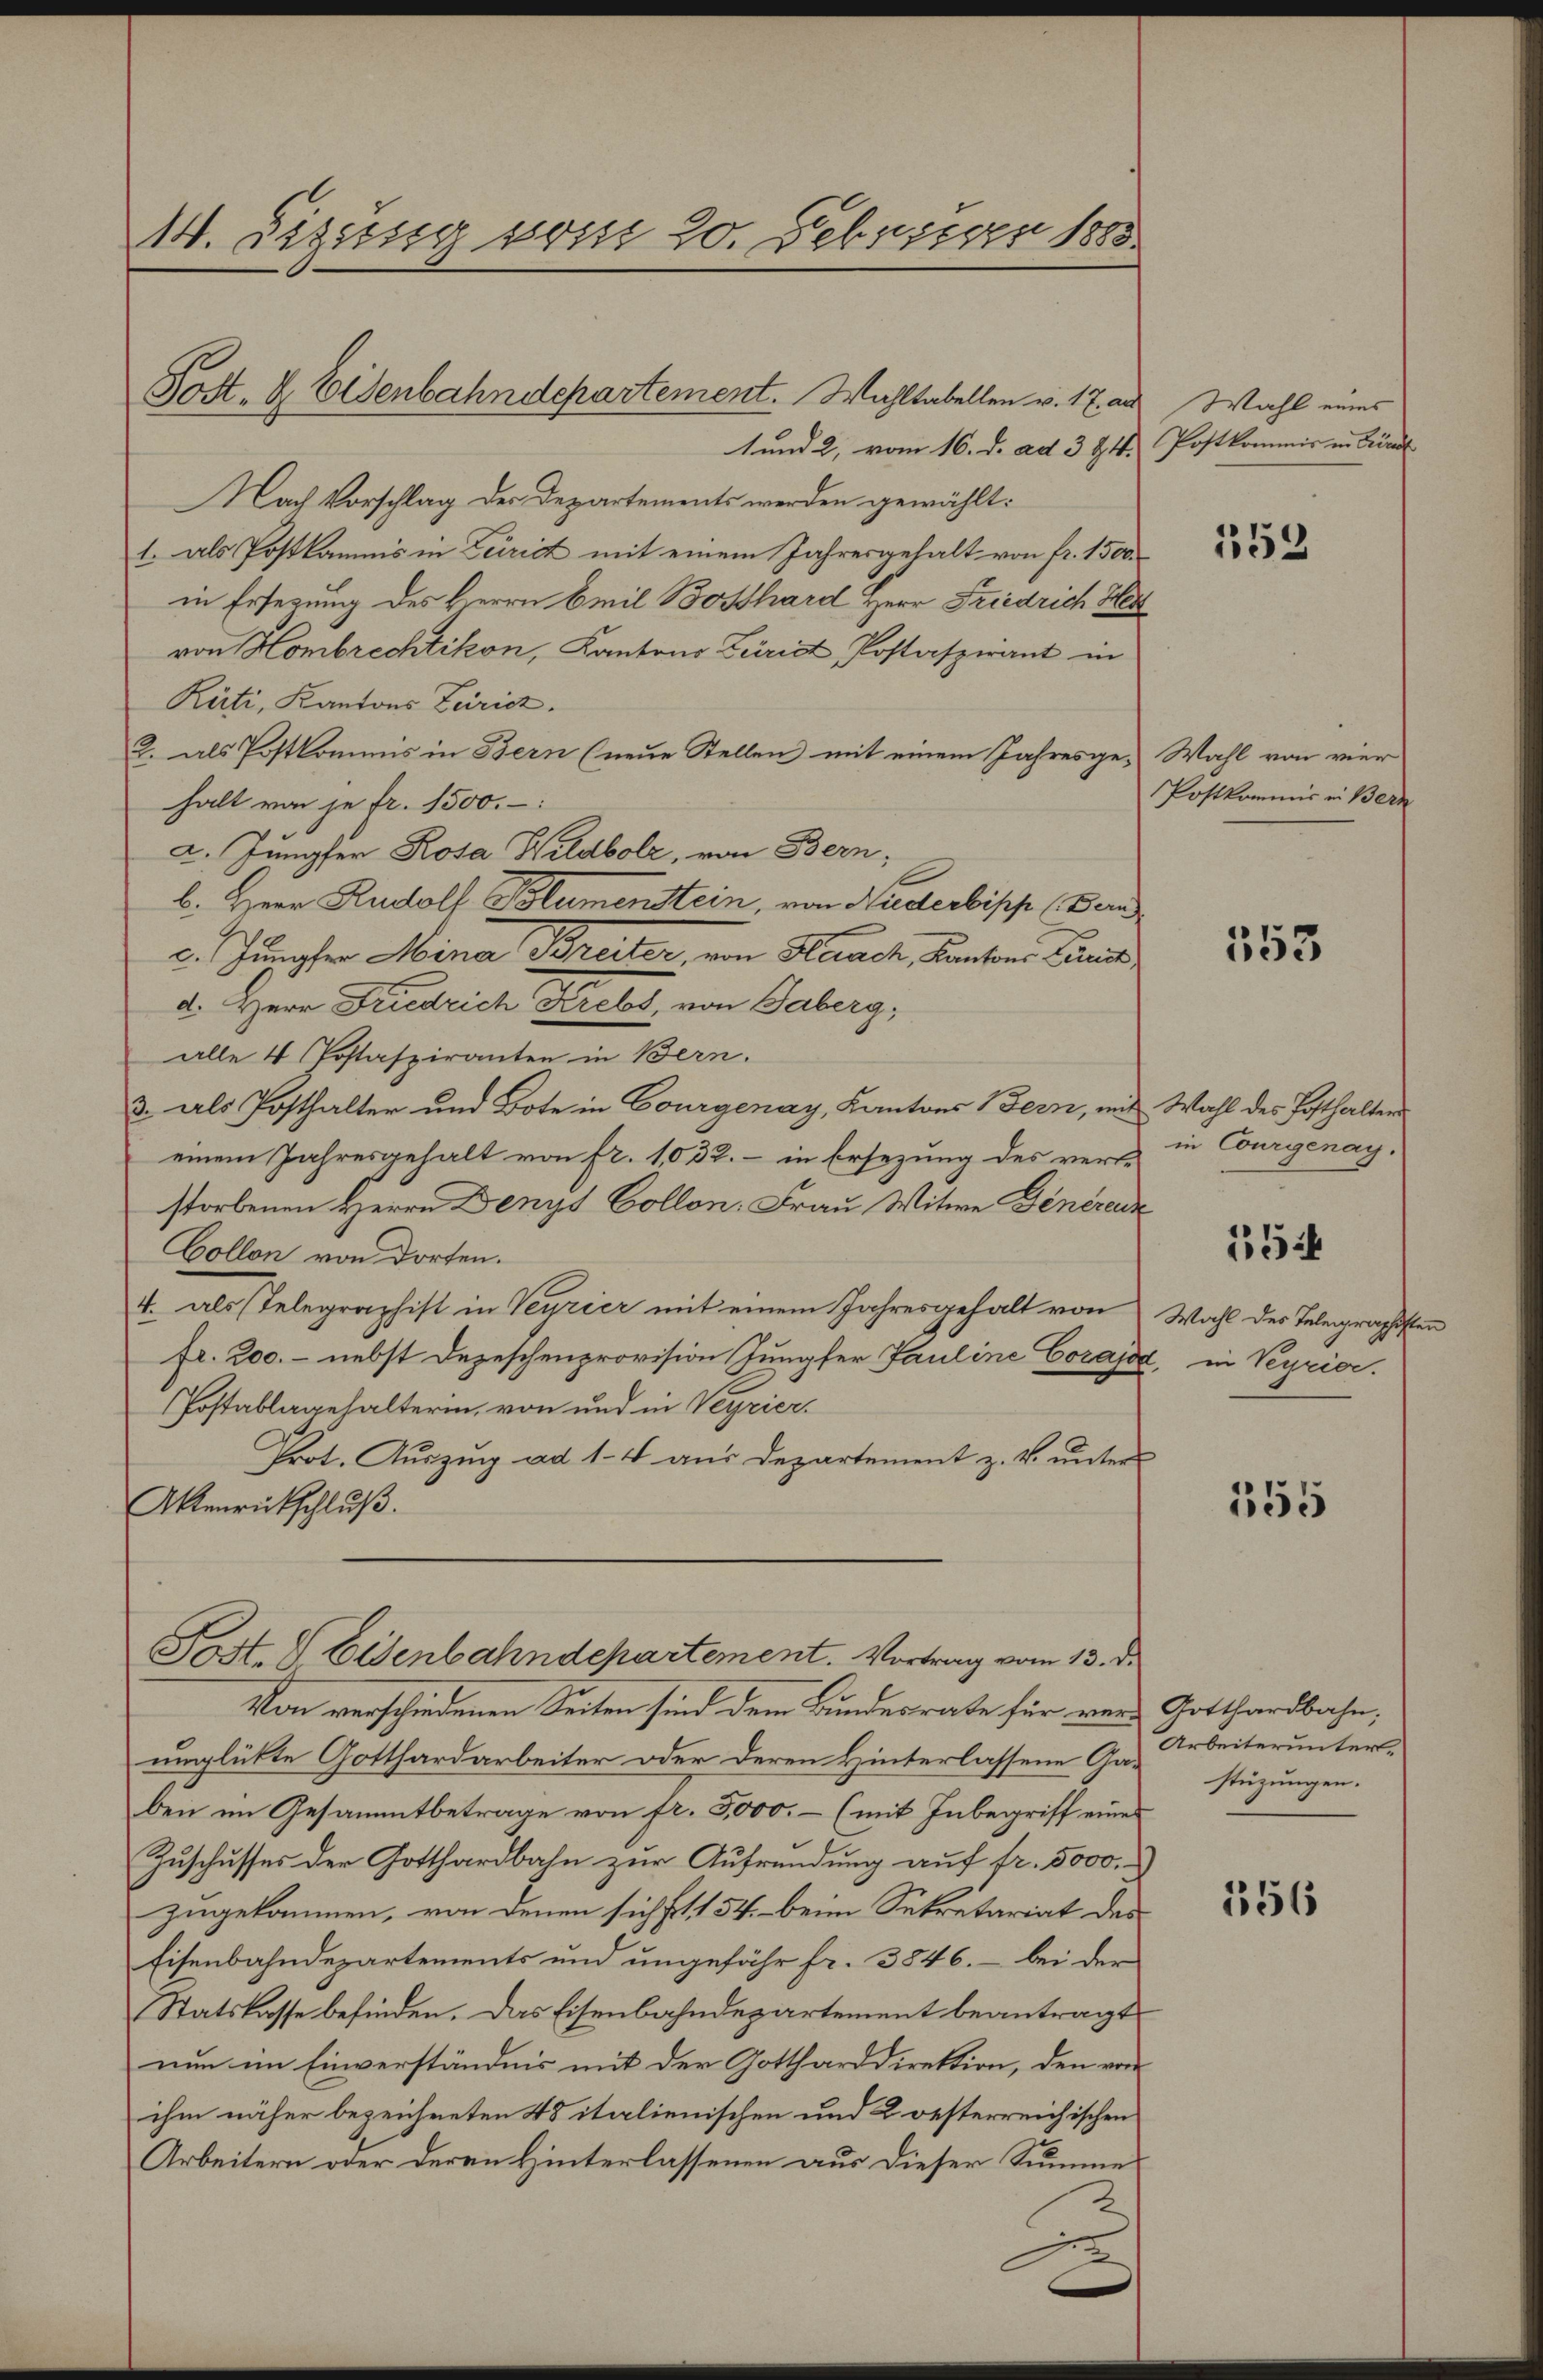
14. Sizung vom 20. Februar 1885.

Post. H. Elsenbahndepartement. Wahltabellen v. 17. an

t und 2, vom 16. d. ad 394.
Nach Vorschlag der Departements werden gewählt:
1. als Postkamnis in Zeirict mit einem Jahresgehalt von fr. 1500.
in Ersezung des Herrn Beil Bosthard Herr Friedrich Her
von Hombrechtikon, Kantons Zürid, Postaspirant in
Rüti, Kantons Zürich.
2. als Postkommis in Bern (neue Stellen mit einem Jahresge-Wahl von vier
halt von je fr. 1500.
2. Jungfer Rosa Hildbolz, von Bern,
b. Herr Rudolf Polumenstein, von Niderbipp (Bern
c. Jungfer Mina Breiter, von Herach, Kantons Paris,
d. Herr Diedrich Krebs, von Gaberg,
alle 4 Postaspiranten in Bern.
3. als Posthalter und Bote in Courgenay, Kantons Bern, mit
einem Jahresgehalt von fr. 1032. – in Ersezung des verle
storbenen Herrn Denys Collon, Frau Witwe Generenz
Collen von dorten.
4. als Telegraphist in Veyrier mit einem Jahresgehalt von
fr. 200. - nebst Dezeschenprovision Jungfer Pauline Corajda
Postablagehalterin, von und in Verrier.
Prot. Auszug ad 1. 4 aus Departement z. B. unter
Aktenrückschluß.
Post. Eisenbahndepartement. Vortrag vom 13. d.
Von verschiedenen Seiten sind dem Bundesrate für vor Gotthardbahn,
unglükte Gotthardarbeiter oder deren Hinterlassene Gas- Arbeiterunterben im Gesammtbetrage von fr. 3,000.- (mit Inbegriff eine
Zuschusses der Gotthardbahn zur Aufrendung auf fr. 5000.
zugekommen, von denen sich fl. 134. beim Sekretariat des
Eisenbahndepartements und ungefähr fr. 3846. – bei der
Statskasse befinden. Das Eisenbahndepartement beantragt
nun im Einverständnis mit der Gottharddirektion, den von
ihm näher bezeichneten 48 italienischen und 2 oesterreichischen
Arbeitern oder deren Hinterlassenen aus dieser Summe
2

Wahl eines
Postkommis in Grund

152

Postkommis in Bern

253

Wahl des Posthalters
in Courgenag.

15

Wahl des Telegraphisten
in Verrier.

355

stüzungen.

156